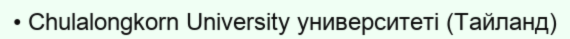
• Chulalongkorn University университеті (Тайланд)